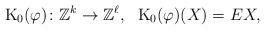
LaTeX: \begin{align*} \mathrm{K}_{0}(\varphi) \colon \mathbb{Z}^{k} \to \mathbb{Z}^{\ell}, \ \ \mathrm{K}_{0}(\varphi)(X)= EX, \end{align*}